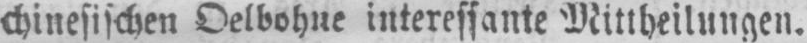
chinesischen Oelbohne interessante Mittheilungen.